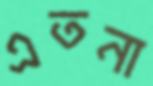
এতনা